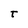
Character: T